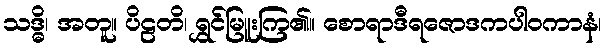
သဒ္ဓိ၊ အတူ။ ပိဠတိ၊ ရွှင်မြူးကြ၏။ စောရာဒီရဇောဒကပါဝကာနံ၊